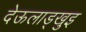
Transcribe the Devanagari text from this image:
देऊलाड्खुइ